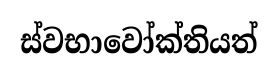
ස්වභාවෝක්තියත්